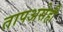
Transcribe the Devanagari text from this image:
तापअसेही